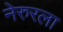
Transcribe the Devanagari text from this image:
नेरुरला